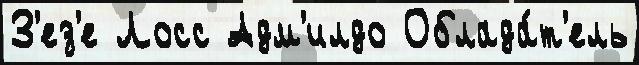
З'ез'е Лосс Адм'илдо Облада́т'ель